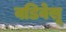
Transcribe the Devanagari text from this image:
वडिवेसू